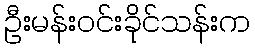
ဦးမန်းဝင်းခိုင်သန်းက